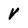
Character: V